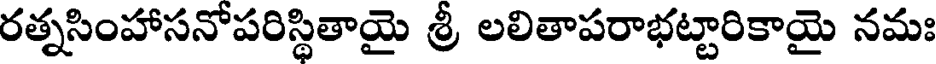
రత్నసింహాసనోపరిస్థితాయై శ్రీ లలితాపరాభట్టారికాయై నమః